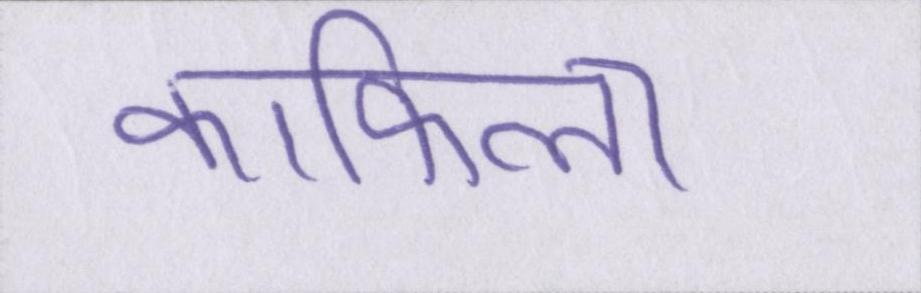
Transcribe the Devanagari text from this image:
काफिला